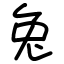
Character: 兔